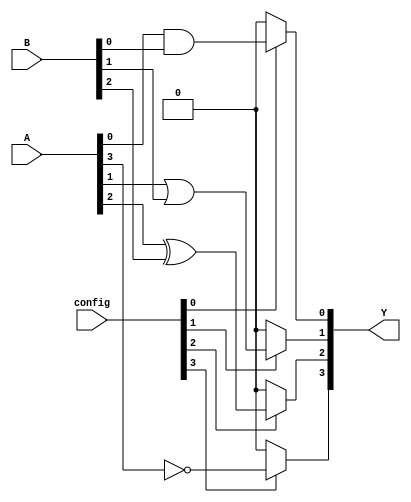
module combinational_logic_block (
    input wire [3:0] A,        // 4-bit input
    input wire [3:0] B,        // 4-bit input
    input wire [3:0] config,   // Configuration inputs for BLEs
    output wire [3:0] Y        // 4-bit output
);

// Basic Logic Element (BLE) instantiation
wire [3:0] ble_out; // Outputs from BLEs

// BLE 0: Example logic function (A AND B)
wire ble0_out = (config[0]) ? (A[0] & B[0]) : 1'b0;

// BLE 1: Example logic function (A OR B)
wire ble1_out = (config[1]) ? (A[1] | B[1]) : 1'b0;

// BLE 2: Example logic function (A XOR B)
wire ble2_out = (config[2]) ? (A[2] ^ B[2]) : 1'b0;

// BLE 3: Example logic function (NOT A)
wire ble3_out = (config[3]) ? ~A[3] : 1'b0;

// Combine outputs from BLEs
assign ble_out = {ble3_out, ble2_out, ble1_out, ble0_out};

// Output logic (can be further processed or routed)
assign Y = ble_out;

endmodule